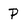
Character: P